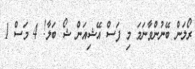
ރޯލަން ބޭނުންވާނަމަ މި ފަސް އޭޝިއަން ޝޯ ބަލާ! 4 މަސް 1